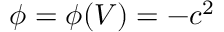
\phi = \phi ( V ) = - c ^ { 2 }